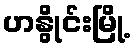
ဟနွိုင်းမြို့